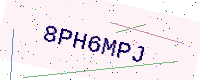
Text: 8PH6MPJ